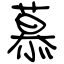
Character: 慕